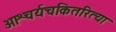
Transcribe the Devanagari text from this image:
आश्चर्यचकितरित्या